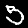
Digit: 5